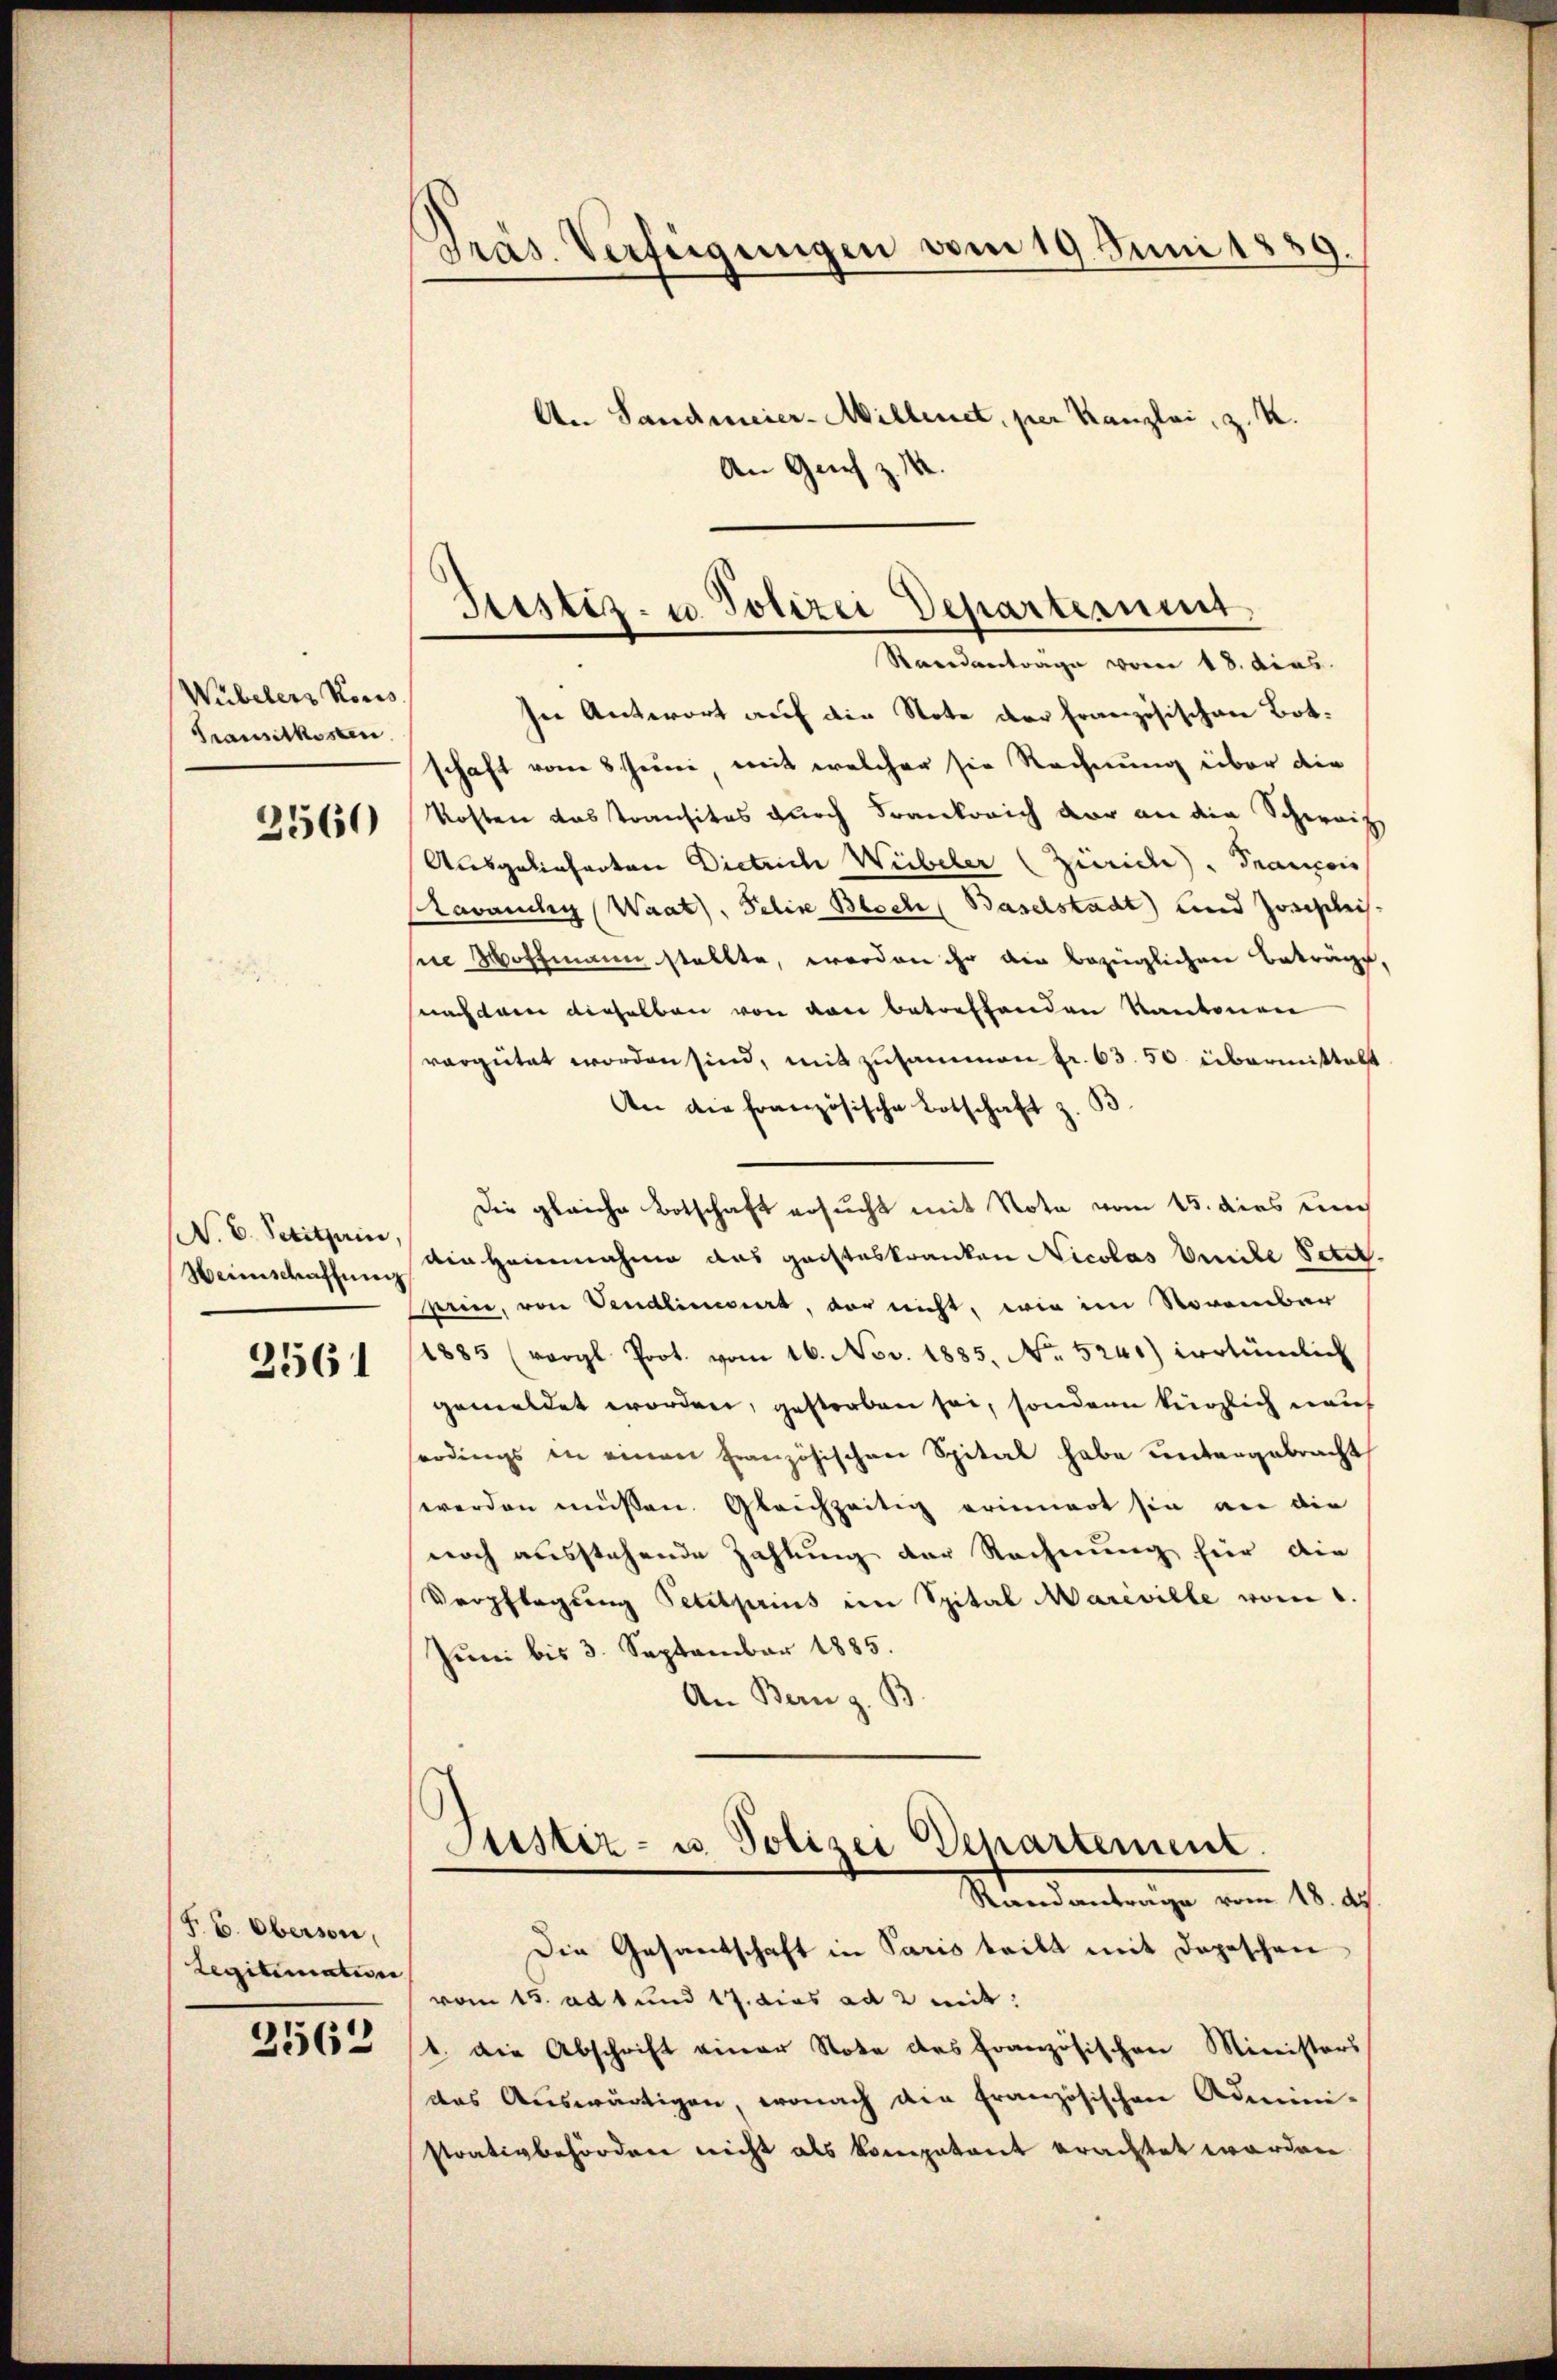
Wübelers Kons
Transitkosten

2560

N. V. Petitsein,
Weinschaffung

356

F. B. Oberson,
Legitimation

2562

Präs. Verfügungen vom 19. Juni 1889.
An Landmeier-Millenet, per Kanzlei, z. K.
An Gries z.

In Antwort auf die Note der Französischen Bot.
schaft vom 8. Juni mit welcher sie Rechnung über die
Kosten das transitos durch Frankreich der an die Schweiz
Ausgelieferten Dietrich Wübeler (Zürich) drancois
Stevandig (Waat), Felix Bloch (Baselstadt) und Josiplich
se Hoffmann stellte, worden ihr die bezüglichen Beträge,
snachdem dieselben von von betreffenden Kantonen
vergütet worden sind, mit zusammen fr. 63. 50. übermittelt
An die französische Botschaft z. B
Die gleiche Botschaft ersucht mit Nota vom 15. dies eine
Ain Heinnahme das gachteskranken Nicolas Amile Peter,
eier, von Vendliniert, vor nicht, wie im November
1885 (vergl. Prot. vom 16. Nov. 1885, No. 5241) vertümlich
gemeldet worden, gestorben sei, sondern kürzlich nach
serdings in einen französischen Spital habe untergebracht
werden müssen. Gleichzeitig erinnert sie an die
noch ausstehende Zahlung der Rechnung hier die
Verpflegung Petitseins im Spital Mareville vom
Juni bis 3. September 1885.
An Bern z. B
Justiz- u. Polizei Departement.
Randantrage vom 18. ds.
Die Gesantschaft in Paris teilt mit Depeschen
vom 15. ad 1 und 17. dies ad 2 mit:
1. Die Abschrift einer Note des Französischen Ministers
das Auswärtigen, wonach die französischen Admini-
strativbehörden nicht als kompetent brachtet worden

Tristiz- u. Polizei Departement,
Randantrage vom 18. dies